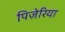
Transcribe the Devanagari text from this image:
पिज़ेरिया